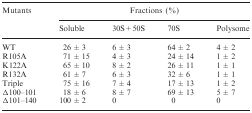
<table><thead><tr><td rowspan="2"><b>Mutants</b></td><td colspan="4"><b>Fractions (%)</b></td></tr><tr><td><b>Soluble</b></td><td><b>30S + 50S</b></td><td><b>70S</b></td><td><b>Polysome</b></td></tr></thead><tbody><tr><td>WT</td><td>26 ± 3</td><td>6 ± 3</td><td>64 ± 2</td><td>4 ± 2</td></tr><tr><td>R105A</td><td>71 ± 15</td><td>4 ± 3</td><td>24 ± 14</td><td>1 ± 2</td></tr><tr><td>K122A</td><td>65 ± 10</td><td>8 ± 2</td><td>26 ± 11</td><td>1 ± 1</td></tr><tr><td>R132A</td><td>61 ± 7</td><td>6 ± 3</td><td>32 ± 6</td><td>1 ± 1</td></tr><tr><td>Triple</td><td>75 ± 16</td><td>7 ± 4</td><td>17 ± 13</td><td>1 ± 2</td></tr><tr><td>Δ100–101</td><td>18 ± 6</td><td>8 ± 7</td><td>69 ± 13</td><td>5 ± 7</td></tr><tr><td>Δ101–140</td><td>100 ± 2</td><td>0</td><td>0</td><td>0</td></tr></tbody></table>